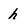
Character: h